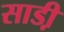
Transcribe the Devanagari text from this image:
साडी़